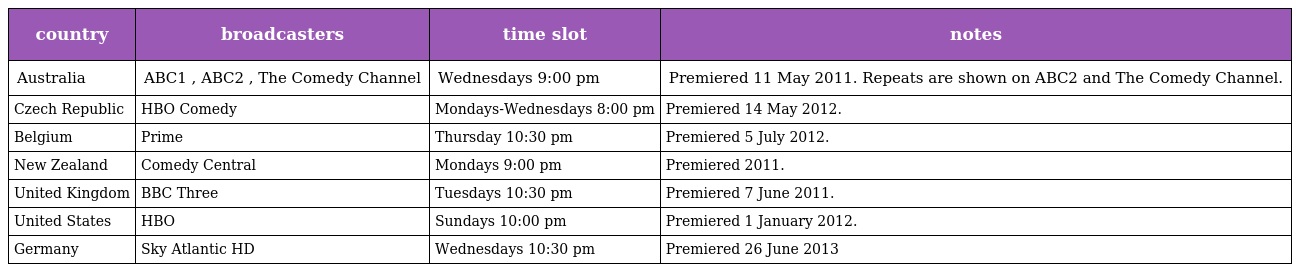
| country | broadcasters | time slot | notes |
 | --- | --- | --- | --- |
 | Australia | ABC1 , ABC2 , The Comedy Channel | Wednesdays 9:00 pm | Premiered 11 May 2011. Repeats are shown on ABC2 and The Comedy Channel. |
 | Czech Republic | HBO Comedy | Mondays-Wednesdays 8:00 pm | Premiered 14 May 2012. |
 | Belgium | Prime | Thursday 10:30 pm | Premiered 5 July 2012. |
 | New Zealand | Comedy Central | Mondays 9:00 pm | Premiered 2011. |
 | United Kingdom | BBC Three | Tuesdays 10:30 pm | Premiered 7 June 2011. |
 | United States | HBO | Sundays 10:00 pm | Premiered 1 January 2012. |
 | Germany | Sky Atlantic HD | Wednesdays 10:30 pm | Premiered 26 June 2013 |